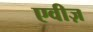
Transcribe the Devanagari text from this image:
एवीज़